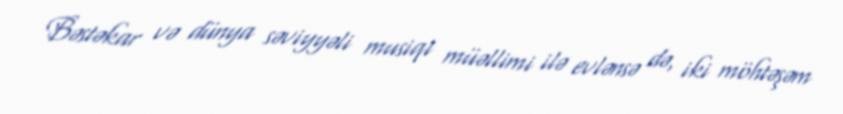
Bəstəkar və dünya səviyyəli musiqi müəllimi ilə evlənsə də, iki möhtəşəm